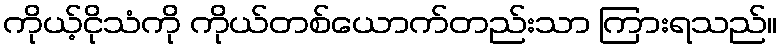
ကိုယ့်ငိုသံကို ကိုယ်တစ်ယောက်တည်းသာ ကြားရသည်။